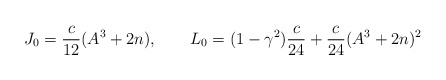
\begin{align*}J_0 = \frac{c}{12}(A^3+2n) , \qquad L_0 = (1-\gamma^2)\frac{c}{24}+ \frac{c}{24} (A^3 + 2 n)^2\end{align*}